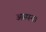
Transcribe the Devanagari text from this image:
अस्पन।